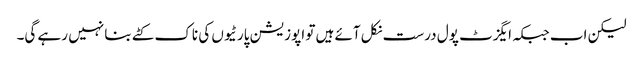
لیکن اب جبکہ ایگزٹ پول درست نکل آئے ہیں تو اپوزیشن پارٹیوں کی ناک کٹے بنا نہیں رہے گی۔